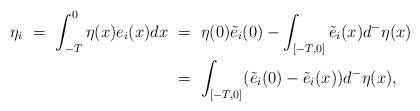
LaTeX: \begin{align*}\eta_i \ = \ \int_{-T}^0 \eta(x)e_i(x) dx \ &= \ \eta(0)\tilde e _i(0) - \int_{[-T,0]} \tilde e_i(x)d^-\eta(x) \\&= \ \int_{[-T,0]} (\tilde e_i(0) - \tilde e_i(x)) d^- \eta(x),\end{align*}